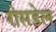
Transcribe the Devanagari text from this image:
रोसडेल